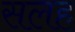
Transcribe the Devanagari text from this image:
सलह